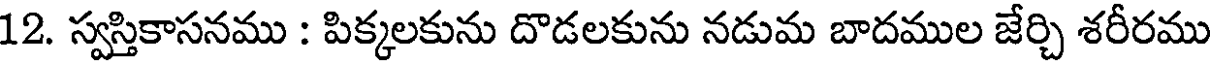
12. స్వస్తికాసనము : పిక్కలకును దొడలకును నడుమ బాదముల జేర్చి శరీరము